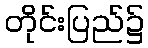
တိုင်းပြည်၌